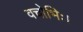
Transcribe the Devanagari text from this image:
वचोभिः।